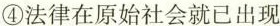
④法律在原始社会就已出现